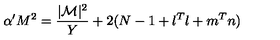
\alpha ^ { \prime } M ^ { 2 } = \frac { | { \cal M } | ^ { 2 } } { Y } + 2 ( N - 1 + l ^ { T } l + m ^ { T } n )